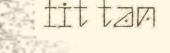
fit tan